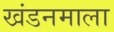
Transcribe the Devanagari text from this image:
खंडनमाला